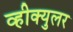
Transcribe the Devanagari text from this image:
व्हीक्युलर